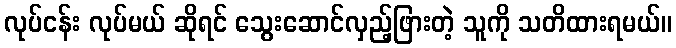
လုပ်ငန်း လုပ်မယ် ဆိုရင် သွေးဆောင်လှည့်ဖြားတဲ့ သူကို သတိထားရမယ်။